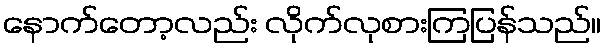
နောက်တော့လည်း လိုက်လုစားကြပြန်သည်။